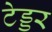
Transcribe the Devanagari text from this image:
टेड्डर